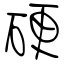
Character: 硬